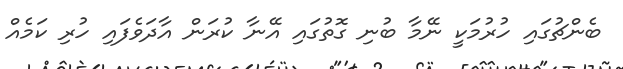
ބެންޗުގައި ހުރުމަކީ ނޭމާ ބުނި ގޮތުގައި އޭނާ ކުރަން އާދަވެފައި ހުރި ކަމެއް